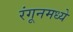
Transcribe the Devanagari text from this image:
रंगूनमध्ये